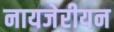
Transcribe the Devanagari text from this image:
नायजेरीयन